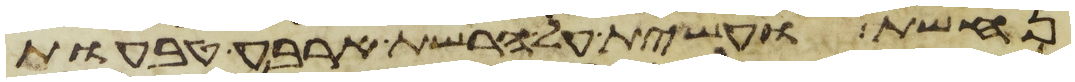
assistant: נחשת ועשית על הרשת ארבע טבעות